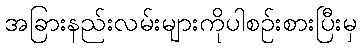
အခြားနည်းလမ်းများကိုပါစဉ်းစားပြီးမှ